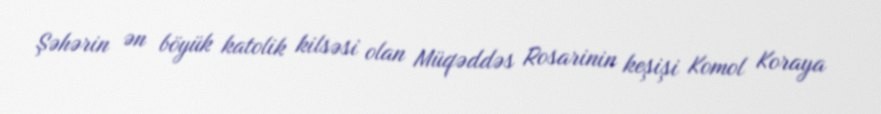
Şəhərin ən böyük katolik kilsəsi olan Müqəddəs Rosarinin keşişi Komol Koraya